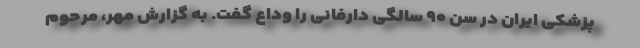
پزشکی ایران در سن ۹۰ سالگی دارفانی را وداع گفت. به گزارش مهر، مرحوم